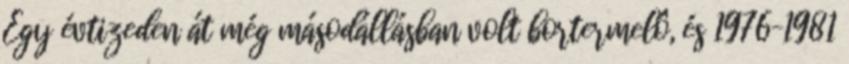
Egy évtizeden át még másodállásban volt bortermelô, és 1976–1981